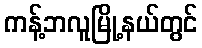
ကန့်ဘလူမြို့နယ်တွင်